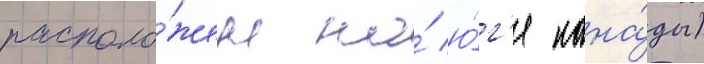
располо́жен на́ ю́г'е кана́ды)